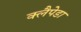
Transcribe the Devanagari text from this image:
क्लैपेडा